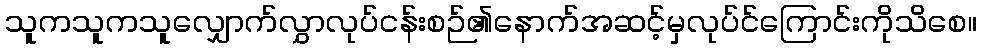
သူကသူကသူလျှောက်လွှာလုပ်ငန်းစဉ်၏နောက်အဆင့်မှလုပ်င်ကြောင်းကိုသိစေ။